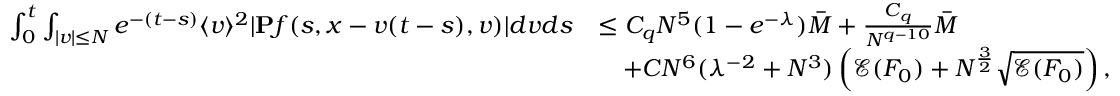
\begin{array} { r l } { \int _ { 0 } ^ { t } \int _ { \vert v \vert \leq N } e ^ { - ( t - s ) } \langle v \rangle ^ { 2 } \vert \mathbf { P } f ( s , x - v ( t - s ) , v ) \vert d v d s } & { \leq C _ { q } N ^ { 5 } ( 1 - e ^ { - \lambda } ) \overbar { M } + \frac { C _ { q } } { N ^ { q - 1 0 } } \overbar { M } } \\ & { \quad + C N ^ { 6 } ( \lambda ^ { - 2 } + N ^ { 3 } ) \left( \mathcal { E } ( F _ { 0 } ) + N ^ { \frac { 3 } { 2 } } \sqrt { \mathcal { E } ( F _ { 0 } ) } \right) , } \end{array}